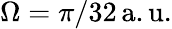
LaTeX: \Omega=\pi/32\, \mathrm{a.u.}